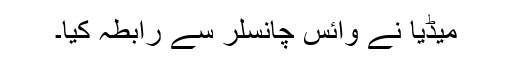
میڈیا نے وائس چانسلر سے رابطہ کیا۔